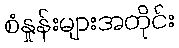
စံနှုန်းများအတိုင်း